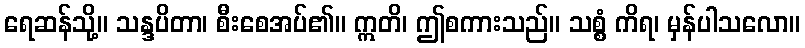
ရေဆန်သို့။ သန္ဒပိတာ၊ စီးစေအပ်၏။ ဣတိ၊ ဤစကားသည်။ သစ္စံ ကိရ၊ မှန်ပါသလော။